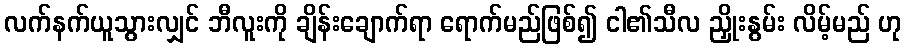
လက်နက်ယူသွားလျှင် ဘီလူးကို ချိန်းချောက်ရာ ရောက်မည်ဖြစ်၍ ငါ၏သီလ ညှိုးနွမ်း လိမ့်မည် ဟု